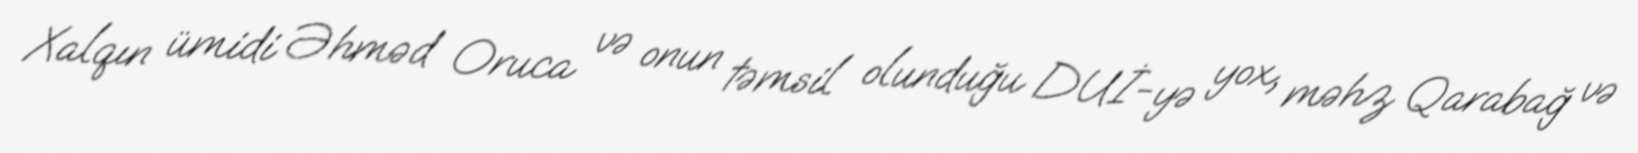
Xalqın ümidi Əhməd Oruca və onun təmsil olunduğu DUİ-yə yox, məhz Qarabağ və